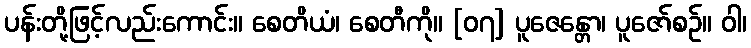
ပန်းတို့ဖြင့်လည်းကောင်း။ စေတိယံ၊ စေတီကို။ [၀၇] ပူဇေန္တော၊ ပူဇော်စဉ်။ ဝါ၊